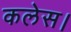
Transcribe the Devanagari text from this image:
कलेस।